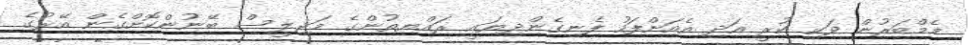
މެމްބަރުން ވަކި ކުރީ އަދި އެއަށްފަހު ފެނިގެންދިޔައީ ރައްޔިތުންގެ މަޖިލީސް ބޭނުންކޮށްގެން އޭރުގެ